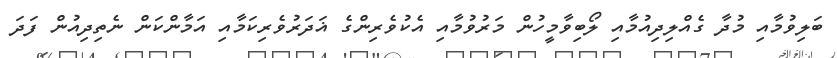
ބަލިވުމާއި މުދާ ގެއްލިދިއުމާއި ލޯބިވާމީހުން މަރުވުމާއި އެކުވެރިންގެ ޣަދަރުވެރިކަމާއި އަމާންކަން ނެތިދިއުން ފަދަ